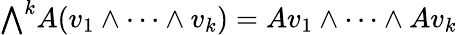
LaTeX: {\textstyle\bigwedge}^{k}A(v_{1}\wedge\cdots\wedge v_{k})=Av_{1}\wedge\cdots\wedge Av_{k}